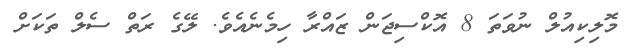
މޮލިކިއުލް ނުވަތަ 8 އޮކްސިޖަން ޒައްރާ ހިމެނެއެވެ. ލޭގެ ރަތް ސެލް ތަކަށް